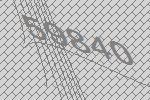
59840